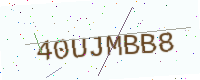
Text: 40UJMBB8